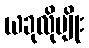
ယခုလိုမျိုး